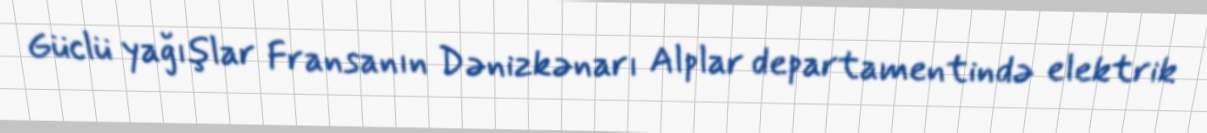
Güclü yağışlar Fransanın Dənizkənarı Alplar departamentində elektrik